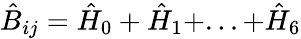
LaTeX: {\hat{B}}_{ij}={\hat{H}}_{0}+{\hat{H}}_{1}+...+{\hat{H}}_{6}